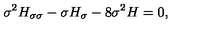
\sigma ^ { 2 } H _ { \sigma \sigma } - \sigma H _ { \sigma } - 8 \sigma ^ { 2 } H = 0 ,